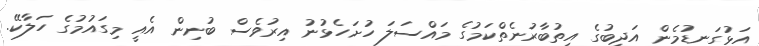
އަޅުގަނޑުމެން އަދީބުގެ އިތުބާރުނެތްކަމުގެ މައްސަލަ ހުށަހެޅުނު އިރުވެސް ބުނިން އެއީ މިގައުމުގެ ހަލާކޭ.